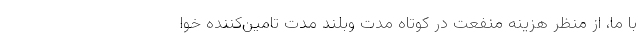
با ما، از منظر هزینه منفعت در کوتاه مدت وبلند مدت تامین‌کننده خوا